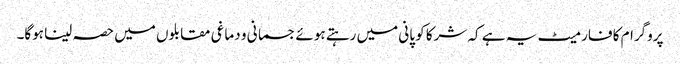
پروگرام کا فارمیٹ یہ ہے کہ شرکا کو پانی میں رہتے ہوئے جسمانی و دماغی مقابلوں میں حصہ لینا ہوگا۔